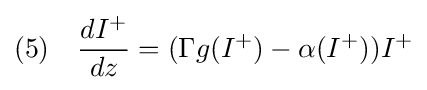
(5)\quad {\frac {dI^{+}}{dz}}=(\Gamma g(I^{+})-\alpha (I^{+}))I^{+}